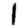
Digit: 1